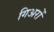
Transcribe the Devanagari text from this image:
गिअरों